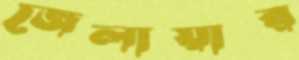
জেলায়ার